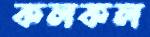
কলকল